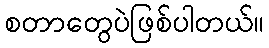
စတာတွေပဲဖြစ်ပါတယ်။